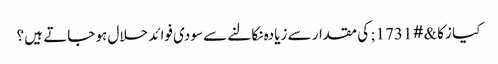
کیا زکا&#1731; کی مقدار سے زیادہ نکالنے سے سودی فوائد حلال ہو جاتے ہیں ؟